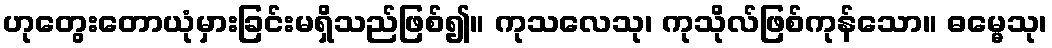
ဟုတွေးတောယုံမှားခြင်းမရှိသည်ဖြစ်၍။ ကုသလေသု၊ ကုသိုလ်ဖြစ်ကုန်သော။ ဓမ္မေသု၊